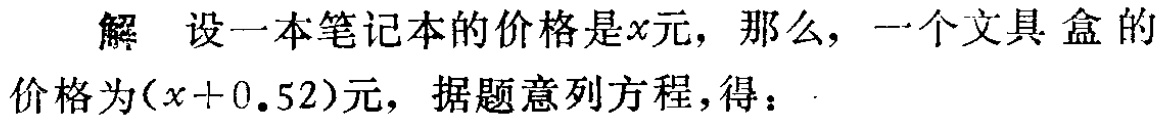
解 设一本笔记本的价格是\(x\)元，那么，一个文具盒的价格为\((x + 0.52)\)元，据题意列方程，得：